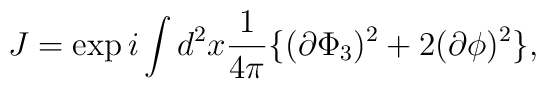
J = \exp i\int d^2x \frac{1}{4\pi}\{(\partial\Phi_3)^2 + 2(\partial\phi)^2\},